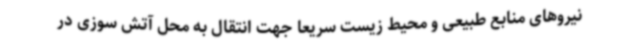
نیروهای منابع طبیعی و محیط زیست سریعا جهت انتقال به محل آتش سوزی در